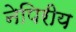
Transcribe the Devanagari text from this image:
नेपिरीय